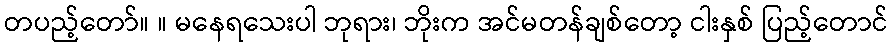
တပည့်တော်။ ။ မနေရသေးပါ ဘုရား၊ ဘိုးက အင်မတန်ချစ်တော့ ငါးနှစ် ပြည့်တောင်